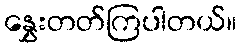
နွှေးတတ်ကြပါတယ်။